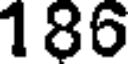
186